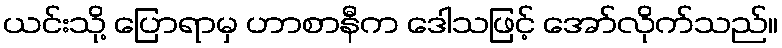
ယင်းသို့ ပြောရာမှ ဟာစာနီက ဒေါသဖြင့် အော်လိုက်သည်။